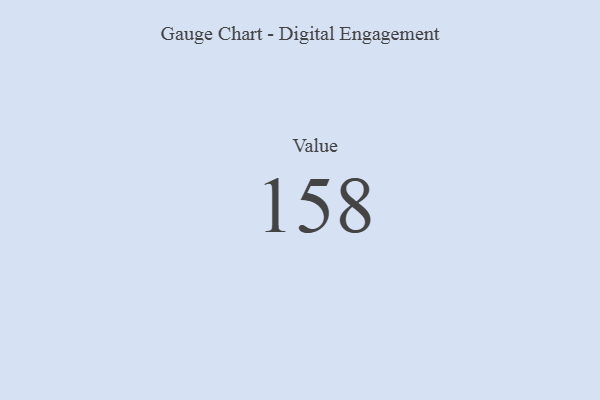
{"axis": {"x": "Metric", "y": "Value"}, "legend": [""], "data": [{"x": "Value", "y": 158, "type": ""}]}